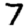
Digit: 7